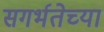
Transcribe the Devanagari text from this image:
सगर्भतेच्या